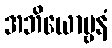
အဘိယောဗ္ဗနံ